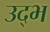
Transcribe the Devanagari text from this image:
उद्भ